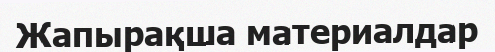
Жапырақша материалдар